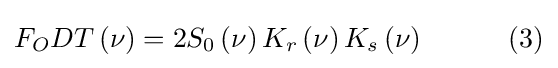
F_{O}DT\left(\nu \right)=2S_{0}\left(\nu \right)K_{r}\left(\nu \right)K_{s}\left(\nu \right)\qquad \quad (3)